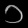
Digit: ၁